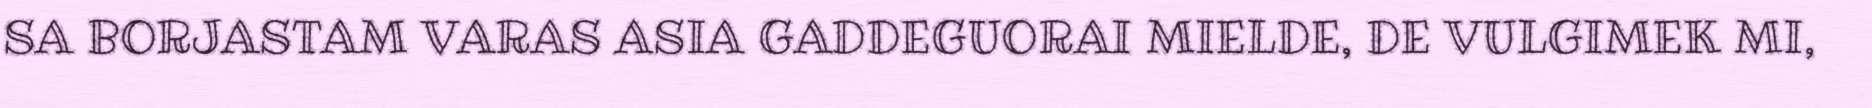
SA BORJASTAM VARAS ASIA GADDEGUORAI MIELDE, DE VULGIMEK MI,